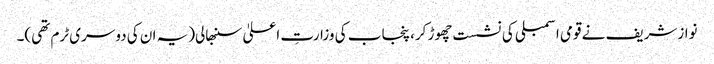
نوازشریف نے قومی اسمبلی کی نشست چھوڑ کر، پنجاب کی وزارتِ اعلیٰ سنبھالی(یہ ان کی دوسری ٹرم تھی)۔